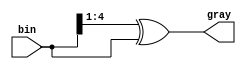
module bi2gray #(parameter width = 4 + 1) (
    input [width-1:0] bin,
    output [width-1:0] gray
);
    assign gray = (bin >> 1) ^ bin;
endmodule